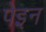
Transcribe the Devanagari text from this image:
पेइन